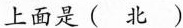
上面是(北)